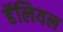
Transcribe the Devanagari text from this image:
हॅलियल